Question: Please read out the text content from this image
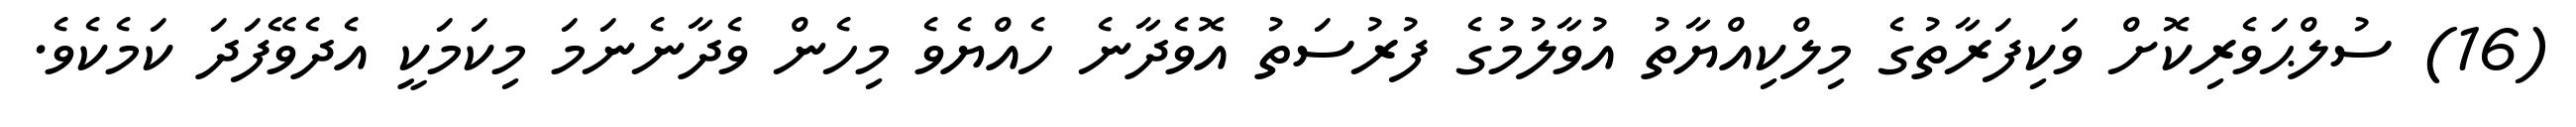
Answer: (16) ސުލްޙަވެރިކޮށް ވަކިފަރާތުގެ މިލްކިއްޔާތު އުވާލުމުގެ ފުރުސަތު އޮވެދާނެ ހެއްޔެވެ މިހެން ވެދާނެނަމަ މިކަމަކީ އެދެވޭފަދަ ކަމެކެވެ.